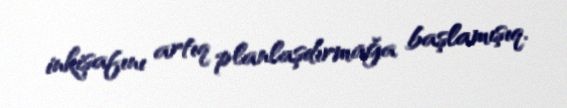
inkişafını artıq planlaşdırmağa başlamışıq.